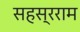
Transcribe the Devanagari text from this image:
सहस्रराम